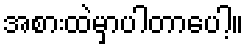
အစားထဲမှာပါတာပေါ့။